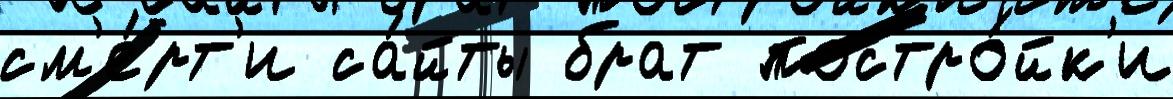
см'е́рт'и са́йты брат постро́йк'и